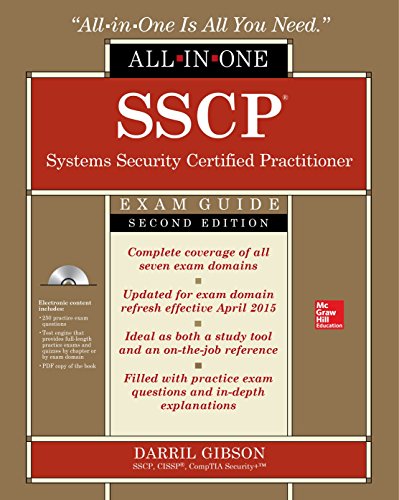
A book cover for SSCP Systems Security Certified Practitioner All-in-One Exam Guide, Second Edition; Darril Gibson; Computers & Technology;